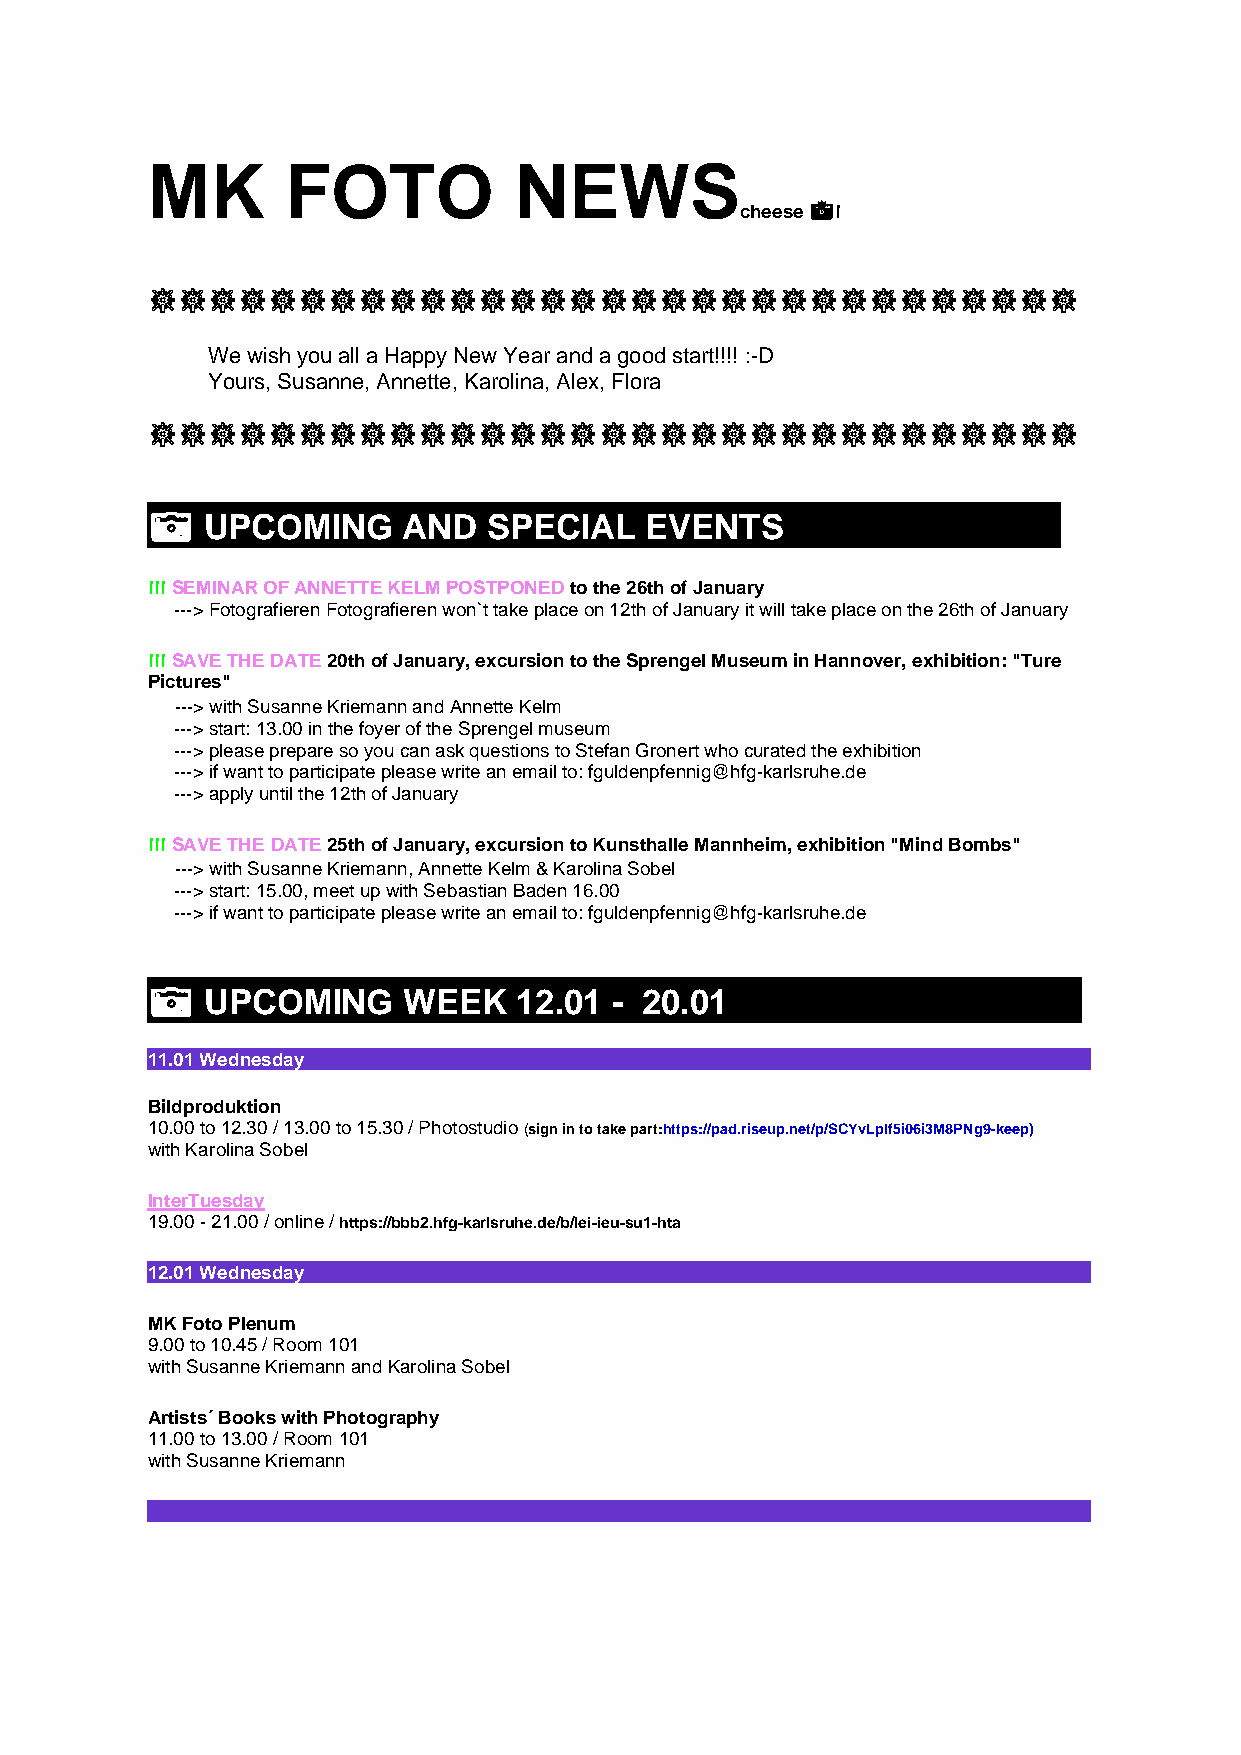
MK       FOTO           NEWS
 cheese 📸!
 🎆🎆🎆🎆🎆🎆🎆🎆🎆🎆🎆🎆🎆🎆🎆🎆🎆🎆🎆🎆🎆🎆🎆🎆🎆🎆🎆🎆🎆🎆🎆
 We wish you all a Happy New Year and a good start!!!! :-D
 Yours, Susanne, Annette, Karolina, Alex, Flora
 🎆🎆🎆🎆🎆🎆🎆🎆🎆🎆🎆🎆🎆🎆🎆🎆🎆🎆🎆🎆🎆🎆🎆🎆🎆🎆🎆🎆🎆🎆🎆
 📷   UPCOMING     AND  SPECIAL    EVENTS
 !!! SEMINAR OF ANNETTE KELM POSTPONED to the 26th of January
 ---> Fotografieren Fotografieren won`t take place on 12th of January it will take place on the 26th of January
 !!! SAVE THE DATE 20th of January, excursion to the Sprengel Museum in Hannover, exhibition: "Ture
 Pictures"
 ---> with Susanne Kriemann and Annette Kelm
 ---> start: 13.00 in the foyer of the Sprengel museum
 ---> please prepare so you can ask questions to Stefan Gronert who curated the exhibition
 ---> if want to participate please write an email to: fguldenpfennig@hfg-karlsruhe.de
 ---> apply until the 12th of January
 !!! SAVE THE DATE 25th of January, excursion to Kunsthalle Mannheim, exhibition "Mind Bombs"
 ---> with Susanne Kriemann, Annette Kelm & Karolina Sobel
 ---> start: 15.00, meet up with Sebastian Baden 16.00
 ---> if want to participate please write an email to: fguldenpfennig@hfg-karlsruhe.de
 📷   UPCOMING     WEEK   12.01 - 20.01
 11.01 Wednesday
 Bildproduktion
 10.00 to 12.30 / 13.00 to 15.30 / Photostudio (sign in to take part:https://pad.riseup.net/p/SCYvLplf5i06i3M8PNg9-keep)
 with Karolina Sobel
 InterTuesday
 19.00 - 21.00 / online / https://bbb2.hfg-karlsruhe.de/b/lei-ieu-su1-hta
 12.01 Wednesday
 MK Foto Plenum
 9.00 to 10.45 / Room 101
 with Susanne Kriemann and Karolina Sobel
 Artists´ Books with Photography
 11.00 to 13.00 / Room 101
 with Susanne Kriemann